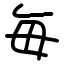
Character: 毎